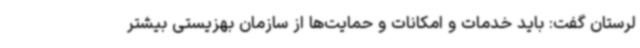
لرستان گفت: باید خدمات و امکانات و حمایت‌ها از سازمان بهزیستی بیشتر